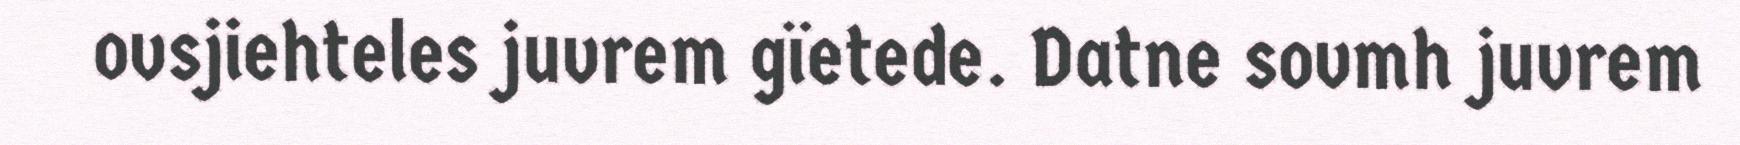
ovsjiehteles juvrem gïetede. Datne sovmh juvrem